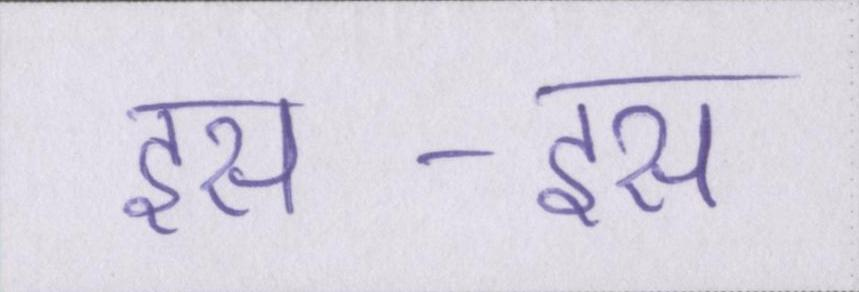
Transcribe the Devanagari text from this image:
इस-इस